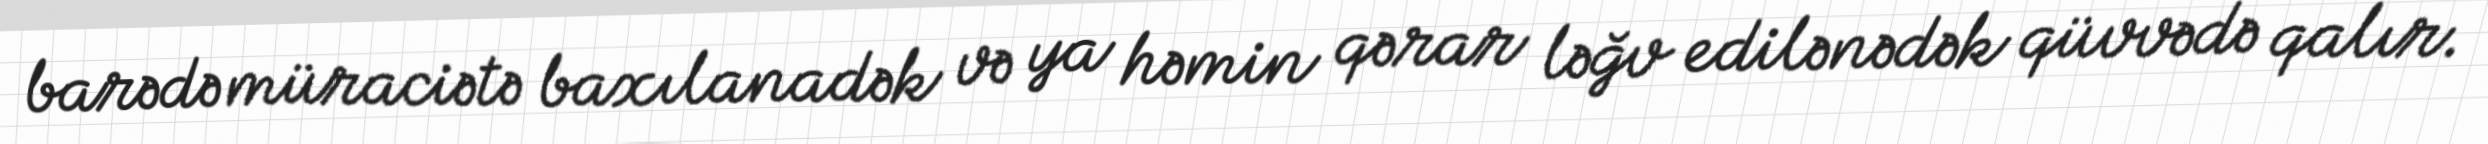
barədə müraciətə baxılanadək və ya həmin qərar ləğv edilənədək qüvvədə qalır.